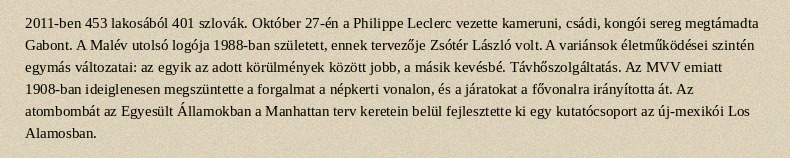
2011-ben 453 lakosából 401 szlovák. Október 27-én a Philippe Leclerc vezette kameruni, csádi, kongói sereg megtámadta Gabont. A Malév utolsó logója 1988-ban született, ennek tervezője Zsótér László volt. A variánsok életműködései szintén egymás változatai: az egyik az adott körülmények között jobb, a másik kevésbé. Távhőszolgáltatás. Az MVV emiatt 1908-ban ideiglenesen megszüntette a forgalmat a népkerti vonalon, és a járatokat a fővonalra irányította át. Az atombombát az Egyesült Államokban a Manhattan terv keretein belül fejlesztette ki egy kutatócsoport az új-mexikói Los Alamosban.